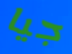
جيا